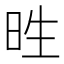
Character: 甠